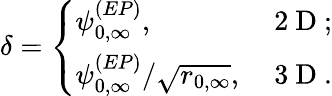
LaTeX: \delta=\left\{ \begin{array}{ll}{\psi_{0,\infty}^{(EP)},}&{\mathrm{~2~D~};}\\ {\psi_{0,\infty}^{(EP)}/\sqrt{r_{0,\infty}},}&{\mathrm{~3~D~}.}\end{array}\right.